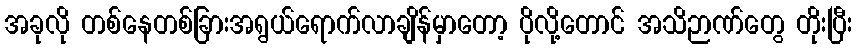
အခုလို တစ်နေတစ်ခြားအရွယ်ရောက်လာချိန်မှာတော့ ပိုလို့တောင် အသိဉာဏ်တွေ တိုးပြီး